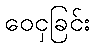
ဝေငှခြင်း